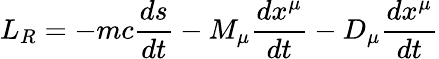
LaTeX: L_{R}=-mc{\frac{ds}{dt}}-M_{\mu}{\frac{dx^{\mu}}{dt}}-D_{\mu}{\frac{dx^{\mu}}{dt}}